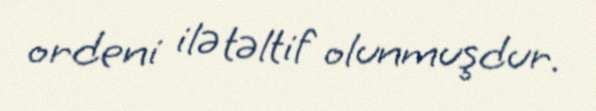
ordeni ilə təltif olunmuşdur.